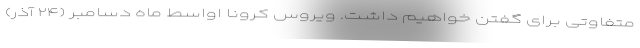
متفاوتی برای گفتن خواهیم داشت. ویروس کرونا اواسط ماه دسامبر (۲۴ آذر)